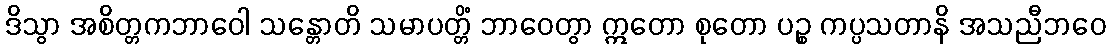
ဒိသွာ အစိတ္တကဘာဝေါ သန္တောတိ သမာပတ္တိံ ဘာဝေတွာ ဣတော စုတော ပဉ္စ ကပ္ပသတာနိ အသညီဘဝေ